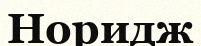
Норидж